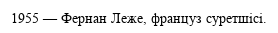
1955 — Фернан Леже, француз суретшісі.